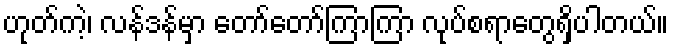
ဟုတ်ကဲ့၊ လန်ဒန်မှာ တော်တော်ကြာကြာ လုပ်စရာတွေရှိပါတယ်။